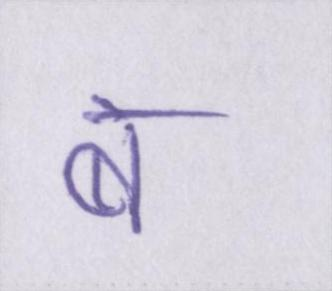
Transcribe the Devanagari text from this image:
ब